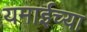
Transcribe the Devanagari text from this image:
यमाईच्या